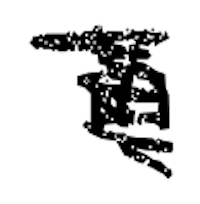
Text: in
Cross-out: scratch
Writing tool: digital_black